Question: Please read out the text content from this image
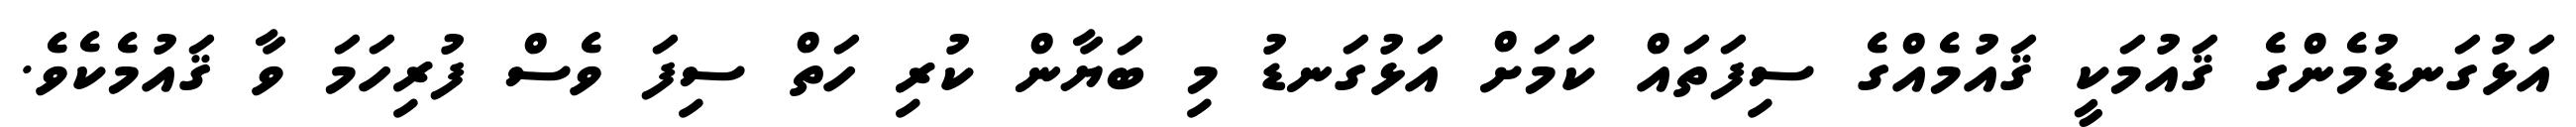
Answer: އަޅުގަނޑުމެންގެ ޤައުމަކީ ޤައުމެއްގެ ސިފަތައް ކަމަށް އަޅުގަނޑު މި ބަޔާން ކުރި ހަތް ސިފަ ވެސް ފުރިހަމަ ވާ ޤައުމެކެވެ.